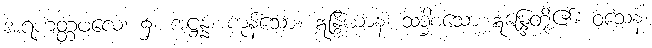
အရဟတ္တဖလေ၊ ၌။ အဋ္ဌန္နံ၊ ကုန်သော။ ဣန္ဒြိယာနံ၊ သဒ္ဓါစသော ဣန္ဒြေတို့၏။ ဝသေန၊